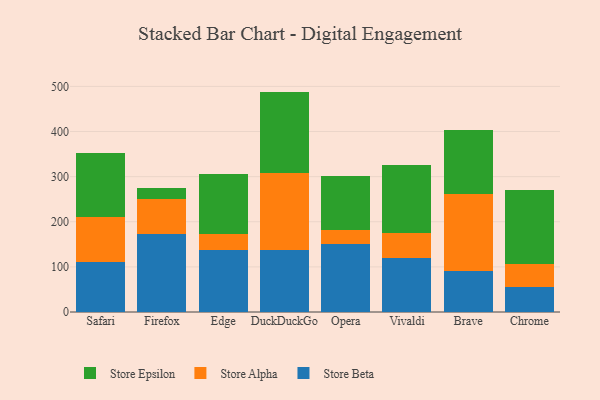
{"axis": {"x": "Browser", "y": "Population (Million)"}, "legend": ["Store Alpha", "Store Beta", "Store Epsilon"], "data": [{"x": "Safari", "y": 109.8, "type": "Store Beta"}, {"x": "Safari", "y": 99.8, "type": "Store Alpha"}, {"x": "Safari", "y": 142.5, "type": "Store Epsilon"}, {"x": "Firefox", "y": 172.1, "type": "Store Beta"}, {"x": "Firefox", "y": 77.9, "type": "Store Alpha"}, {"x": "Firefox", "y": 25.3, "type": "Store Epsilon"}, {"x": "Edge", "y": 137.1, "type": "Store Beta"}, {"x": "Edge", "y": 35.0, "type": "Store Alpha"}, {"x": "Edge", "y": 134.0, "type": "Store Epsilon"}, {"x": "DuckDuckGo", "y": 136.5, "type": "Store Beta"}, {"x": "DuckDuckGo", "y": 172.2, "type": "Store Alpha"}, {"x": "DuckDuckGo", "y": 179.8, "type": "Store Epsilon"}, {"x": "Opera", "y": 151.7, "type": "Store Beta"}, {"x": "Opera", "y": 29.6, "type": "Store Alpha"}, {"x": "Opera", "y": 121.1, "type": "Store Epsilon"}, {"x": "Vivaldi", "y": 120.2, "type": "Store Beta"}, {"x": "Vivaldi", "y": 55.0, "type": "Store Alpha"}, {"x": "Vivaldi", "y": 150.8, "type": "Store Epsilon"}, {"x": "Brave", "y": 90.8, "type": "Store Beta"}, {"x": "Brave", "y": 170.1, "type": "Store Alpha"}, {"x": "Brave", "y": 141.4, "type": "Store Epsilon"}, {"x": "Chrome", "y": 55.6, "type": "Store Beta"}, {"x": "Chrome", "y": 50.3, "type": "Store Alpha"}, {"x": "Chrome", "y": 165.0, "type": "Store Epsilon"}]}